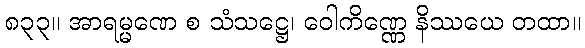
၈၃၃။ အာရမ္မဏေ စ သံသဋ္ဌေ၊ ဝေါကိဏ္ဏေ နိဿယေ တထာ။